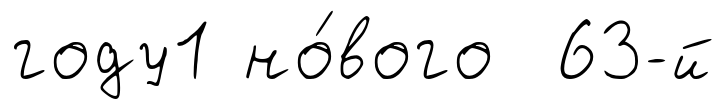
году1 но́вого 63-й